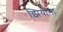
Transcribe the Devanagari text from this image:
झियांना